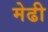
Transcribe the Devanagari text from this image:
मेढी